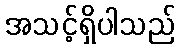
အသင့်ရှိပါသည်